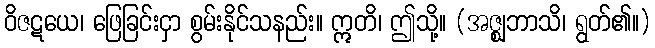
ဝိဇဋယေ၊ ဖြေခြင်းငှာ စွမ်းနိုင်သနည်း။ ဣတိ၊ ဤသို့။ (အဇ္ဈဘာသိ၊ ရွတ်၏။)